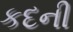
કદની